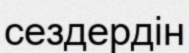
сездердін